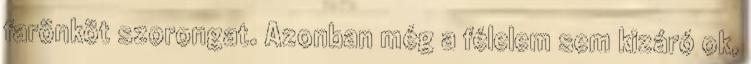
farönköt szorongat. Azonban még a félelem sem kizáró ok,